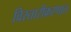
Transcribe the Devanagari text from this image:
विस्तारीकरणात